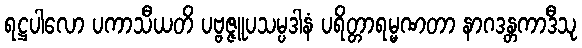
ရဋ္ဌပါလော ပကာသီယတိ ပဗ္ဗဇ္ဇူပသမ္ပဒါနံ ပရိတ္တာရမ္မဏတာ နာဂဒန္တကာဒီသု